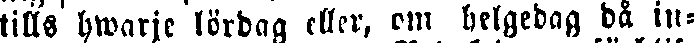
tills hwarje lördag eller, om helgedag då in-